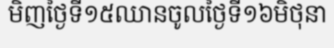
មិញថ្ងៃទី១៥ឈានចូលថ្ងៃទី១៦មិថុនា